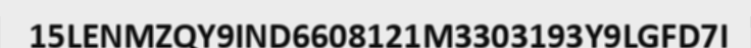
15LENMZQY9IND6608121M3303193Y9LGFD7I